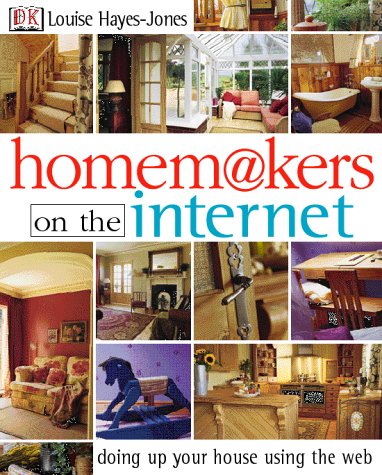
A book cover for Homemakers on the Internet: Doing Up Your House Using the Web; Louise Hayes-Jones; Computers & Technology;